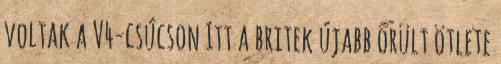
voltak a V4-csúcson Itt a britek újabb őrült ötlete